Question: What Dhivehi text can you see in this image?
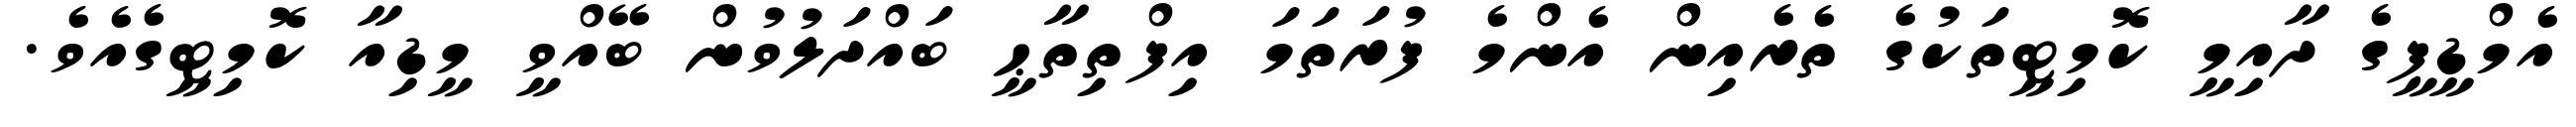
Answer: އެމްޑީޕީގެ ދާއިމީ ކޮމިޓީތަކުގެ ތެރެއިން އެންމެ ފުރަތަމަ އިފްތިތާޙީ ބައްދަލުވުން ބޭއްވީ މީޑިއާ ކޮމިޓީގެއެވެ.